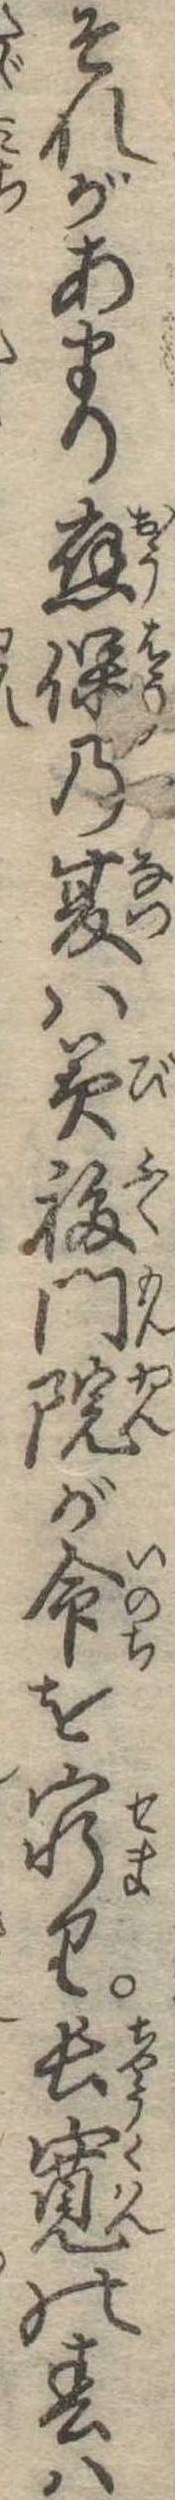
それがあまり応保の夏は美福門院が命を窮り長寛の春は